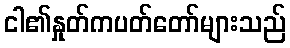
ငါ၏နှုတ်ကပတ်တော်များသည်